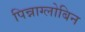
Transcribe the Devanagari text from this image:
पिन्नाग्लोबिन